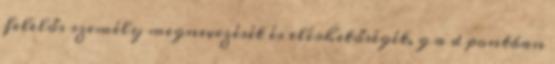
felelős személy megnevezését és elérhetőségét, g a d pontban